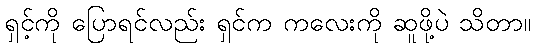
ရှင့်ကို ပြောရင်လည်း ရှင်က ကလေးကို ဆူဖို့ပဲ သိတာ။